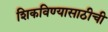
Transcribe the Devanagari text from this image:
शिकविण्यासाठीची